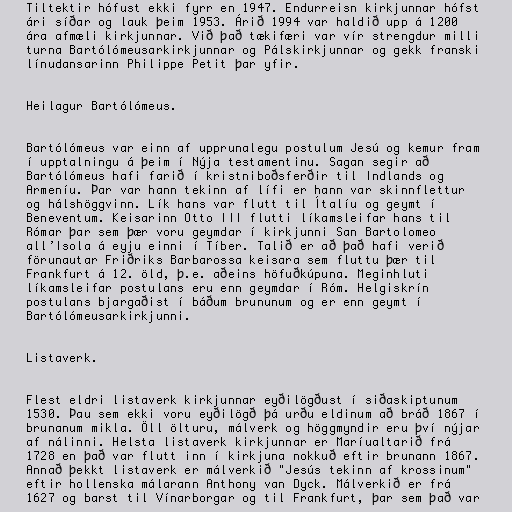
Tiltektir hófust ekki fyrr en 1947. Endurreisn kirkjunnar hófst
ári síðar og lauk þeim 1953. Árið 1994 var haldið upp á 1200
ára afmæli kirkjunnar. Við það tækifæri var vír strengdur milli
turna Bartólómeusarkirkjunnar og Pálskirkjunnar og gekk franski
línudansarinn Philippe Petit þar yfir.

Heilagur Bartólómeus.

Bartólómeus var einn af upprunalegu postulum Jesú og kemur fram
í upptalningu á þeim í Nýja testamentinu. Sagan segir að
Bartólómeus hafi farið í kristniboðsferðir til Indlands og
Armeníu. Þar var hann tekinn af lífi er hann var skinnflettur
og hálshöggvinn. Lík hans var flutt til Ítalíu og geymt í
Beneventum. Keisarinn Otto III flutti líkamsleifar hans til
Rómar þar sem þær voru geymdar í kirkjunni San Bartolomeo
all’Isola á eyju einni í Tíber. Talið er að það hafi verið
förunautar Friðriks Barbarossa keisara sem fluttu þær til
Frankfurt á 12. öld, þ.e. aðeins höfuðkúpuna. Meginhluti
líkamsleifar postulans eru enn geymdar í Róm. Helgiskrín
postulans bjargaðist í báðum brununum og er enn geymt í
Bartólómeusarkirkjunni.

Listaverk.

Flest eldri listaverk kirkjunnar eyðilögðust í siðaskiptunum
1530. Þau sem ekki voru eyðilögð þá urðu eldinum að bráð 1867 í
brunanum mikla. Öll ölturu, málverk og höggmyndir eru því nýjar
af nálinni. Helsta listaverk kirkjunnar er Maríualtarið frá
1728 en það var flutt inn í kirkjuna nokkuð eftir brunann 1867.
Annað þekkt listaverk er málverkið "Jesús tekinn af krossinum"
eftir hollenska málarann Anthony van Dyck. Málverkið er frá
1627 og barst til Vínarborgar og til Frankfurt, þar sem það var